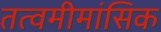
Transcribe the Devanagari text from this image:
तत्वमीमांसिक